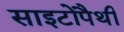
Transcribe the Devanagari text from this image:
साइटोपैथी